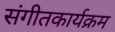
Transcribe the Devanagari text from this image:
संगीतकार्यक्रम